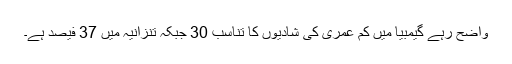
واضح رہے گیمبیا میں کم عمری کی شادیوں کا تناسب 30 جبکہ تنزانیہ میں 37 فیصد ہے۔